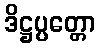
ဒိဋ္ဌပ္ပတ္တော